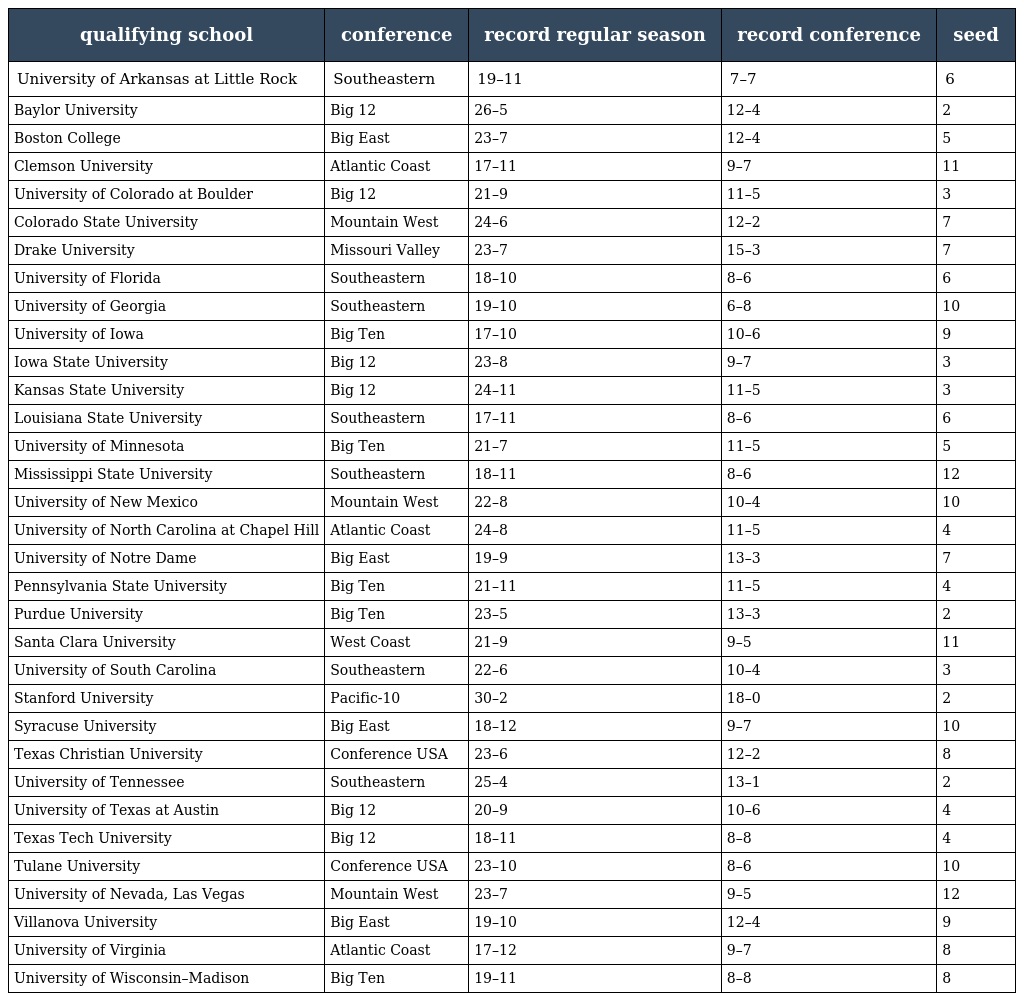
| qualifying school | conference | record regular season | record conference | seed |
 | --- | --- | --- | --- | --- |
 | University of Arkansas at Little Rock | Southeastern | 19–11 | 7–7 | 6 |
 | Baylor University | Big 12 | 26–5 | 12–4 | 2 |
 | Boston College | Big East | 23–7 | 12–4 | 5 |
 | Clemson University | Atlantic Coast | 17–11 | 9–7 | 11 |
 | University of Colorado at Boulder | Big 12 | 21–9 | 11–5 | 3 |
 | Colorado State University | Mountain West | 24–6 | 12–2 | 7 |
 | Drake University | Missouri Valley | 23–7 | 15–3 | 7 |
 | University of Florida | Southeastern | 18–10 | 8–6 | 6 |
 | University of Georgia | Southeastern | 19–10 | 6–8 | 10 |
 | University of Iowa | Big Ten | 17–10 | 10–6 | 9 |
 | Iowa State University | Big 12 | 23–8 | 9–7 | 3 |
 | Kansas State University | Big 12 | 24–11 | 11–5 | 3 |
 | Louisiana State University | Southeastern | 17–11 | 8–6 | 6 |
 | University of Minnesota | Big Ten | 21–7 | 11–5 | 5 |
 | Mississippi State University | Southeastern | 18–11 | 8–6 | 12 |
 | University of New Mexico | Mountain West | 22–8 | 10–4 | 10 |
 | University of North Carolina at Chapel Hill | Atlantic Coast | 24–8 | 11–5 | 4 |
 | University of Notre Dame | Big East | 19–9 | 13–3 | 7 |
 | Pennsylvania State University | Big Ten | 21–11 | 11–5 | 4 |
 | Purdue University | Big Ten | 23–5 | 13–3 | 2 |
 | Santa Clara University | West Coast | 21–9 | 9–5 | 11 |
 | University of South Carolina | Southeastern | 22–6 | 10–4 | 3 |
 | Stanford University | Pacific-10 | 30–2 | 18–0 | 2 |
 | Syracuse University | Big East | 18–12 | 9–7 | 10 |
 | Texas Christian University | Conference USA | 23–6 | 12–2 | 8 |
 | University of Tennessee | Southeastern | 25–4 | 13–1 | 2 |
 | University of Texas at Austin | Big 12 | 20–9 | 10–6 | 4 |
 | Texas Tech University | Big 12 | 18–11 | 8–8 | 4 |
 | Tulane University | Conference USA | 23–10 | 8–6 | 10 |
 | University of Nevada, Las Vegas | Mountain West | 23–7 | 9–5 | 12 |
 | Villanova University | Big East | 19–10 | 12–4 | 9 |
 | University of Virginia | Atlantic Coast | 17–12 | 9–7 | 8 |
 | University of Wisconsin–Madison | Big Ten | 19–11 | 8–8 | 8 |